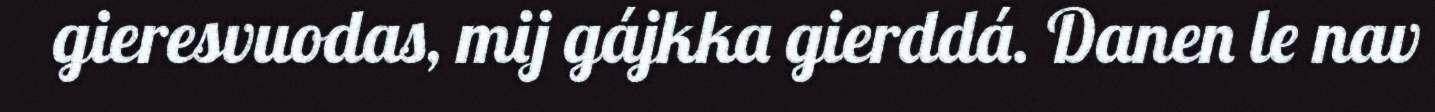
gieresvuodas, mij gájkka gierddá. Danen le nav